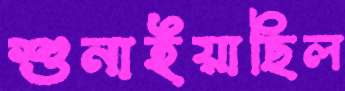
শুনাইয়াছিল